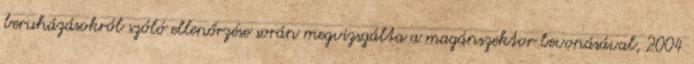
beruházásokról szóló ellenőrzése során megvizsgálta a magánszektor bevonásával, 2004